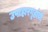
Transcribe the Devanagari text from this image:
उपाहारगृहांची